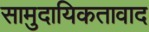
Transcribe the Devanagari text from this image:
सामुदायिकतावाद